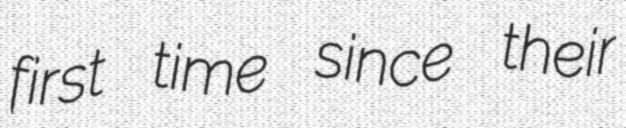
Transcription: first time since their